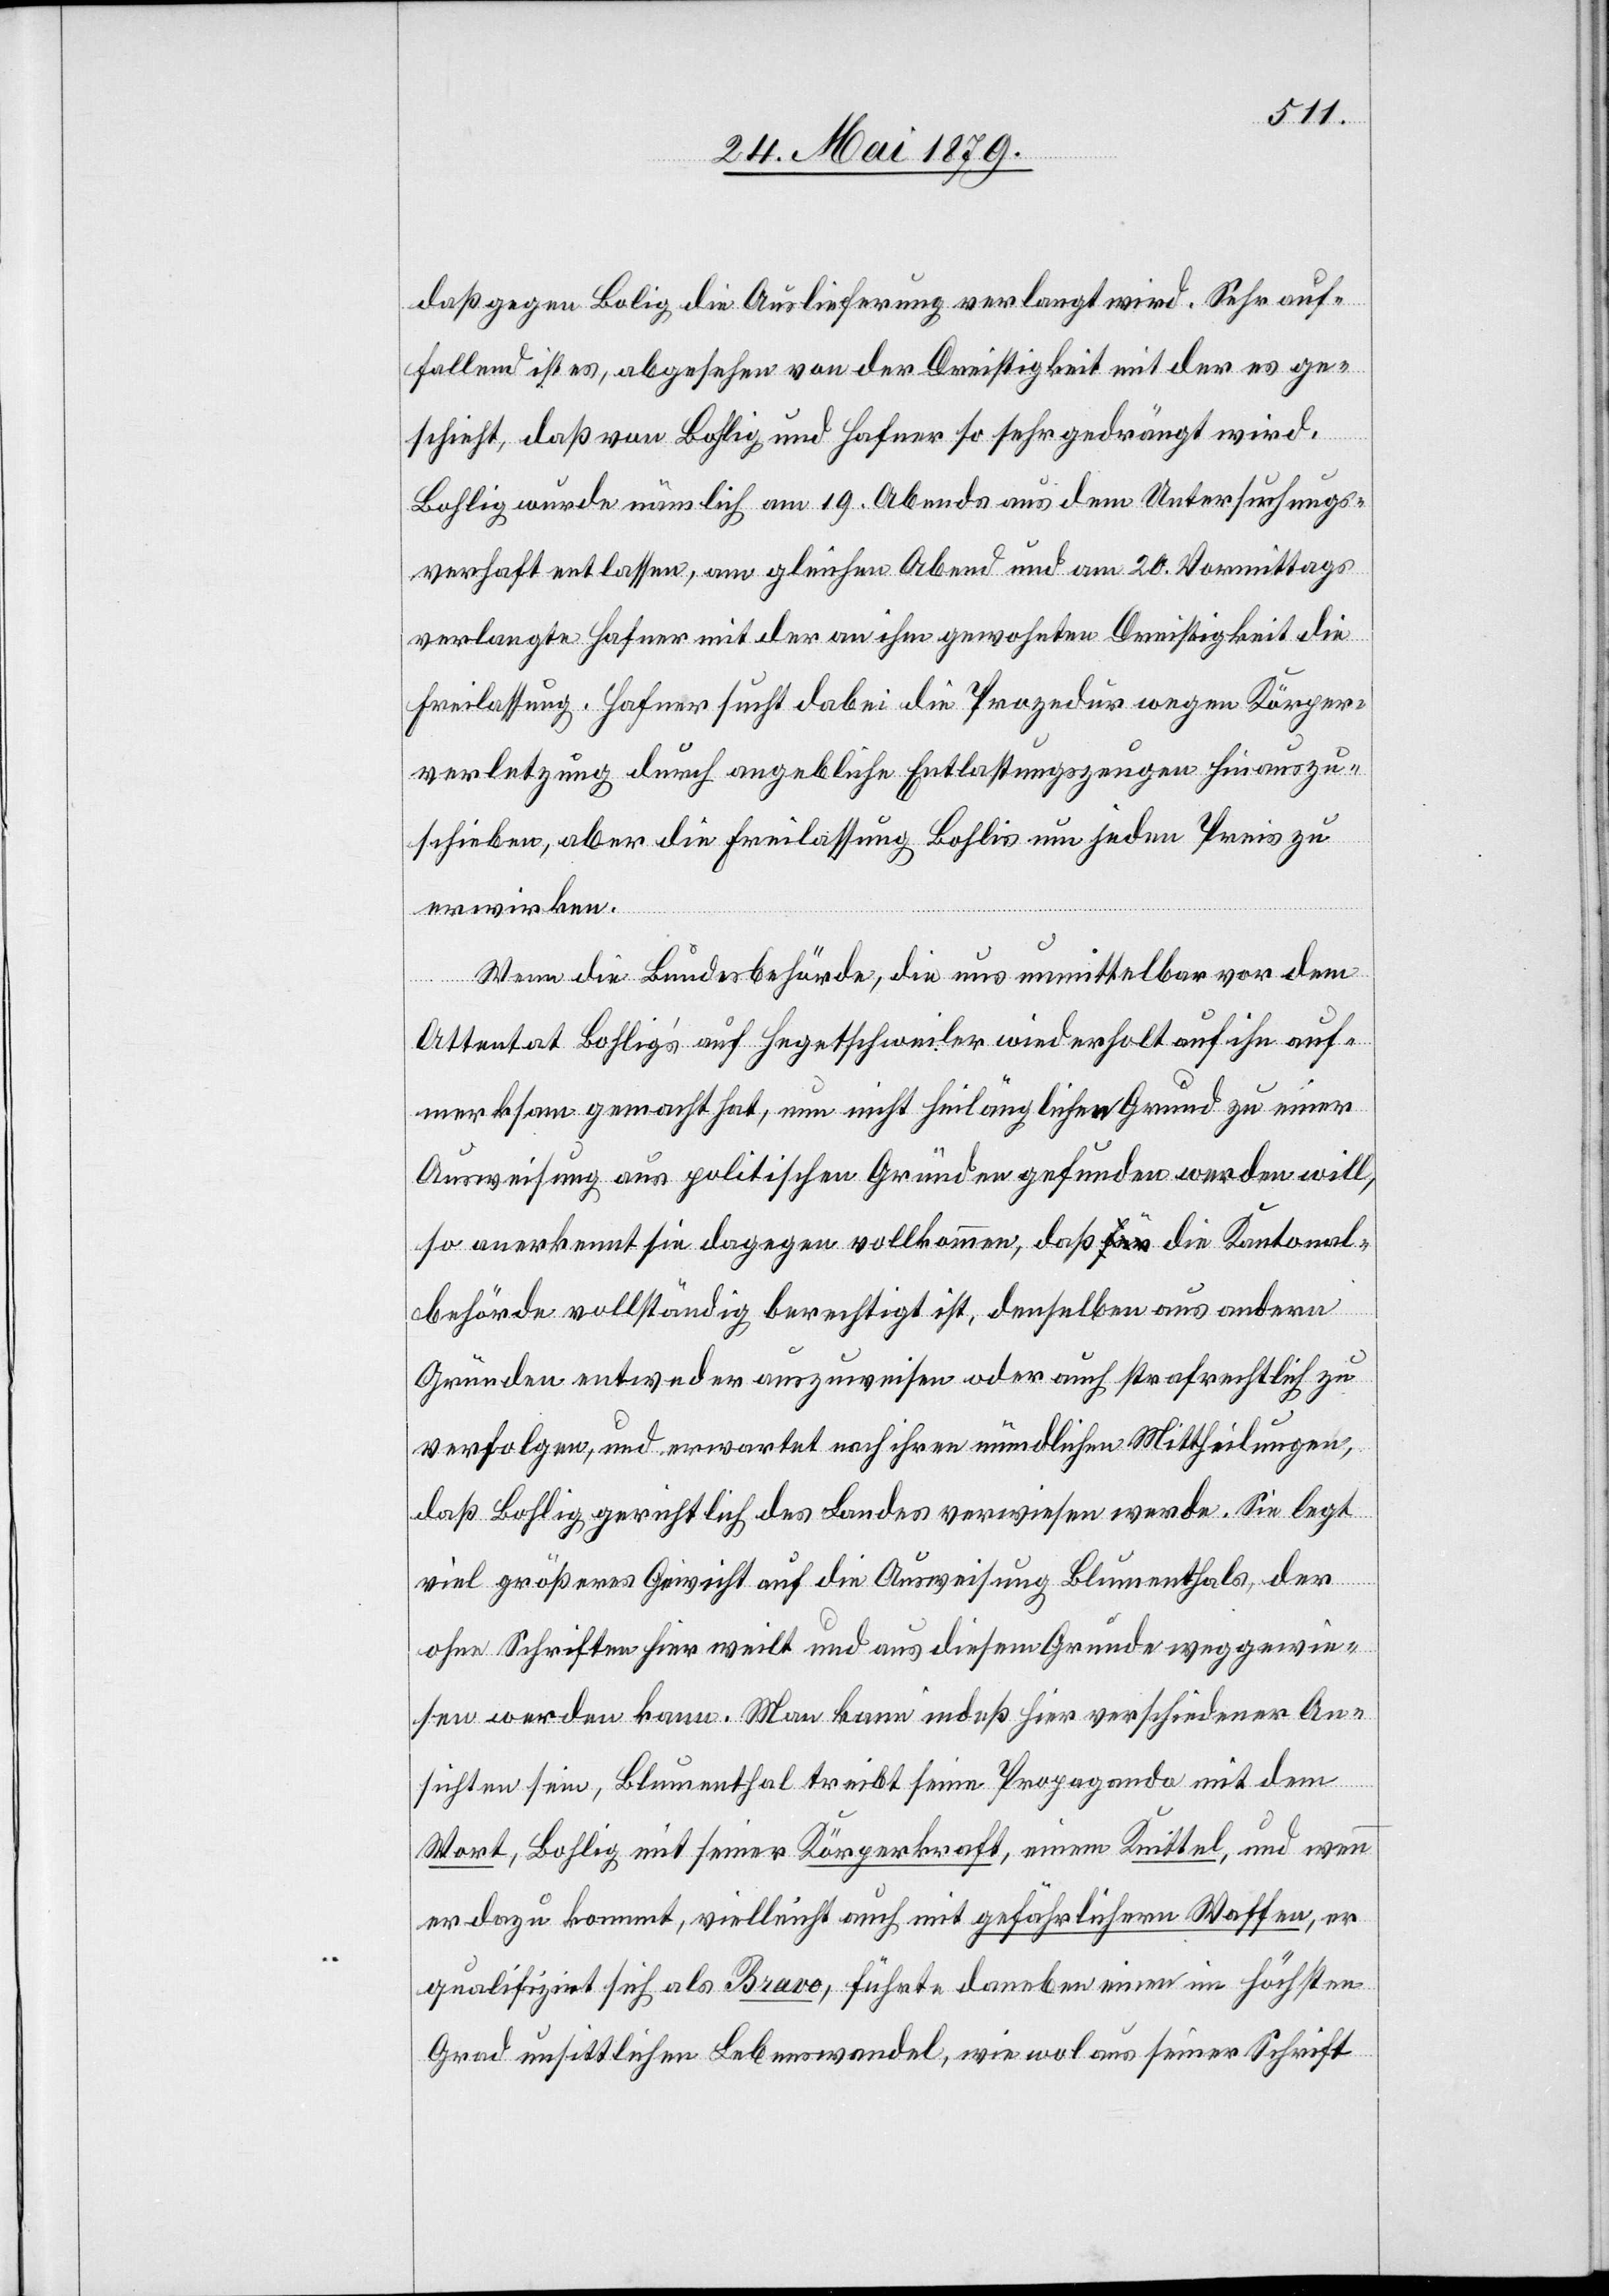
daß gegen Bolig [sic!] die Auslieferung verlangt wird. Sehr auf¬
fallend ist es, abgesehen von der Dreistigkeit mit der es ge¬
schieht, daß von Bohlig und Hafner so sehr gedrängt wird.
Bohlig wurde nämlich am 19. Abends aus dem Untersuchungs¬
verhaft entlassen, am gleichen Abend und am 20. Vormittags
verlangte Hafner mit der an ihm gewohnten Dreistigkeit die
Freilassung. Hafner sucht dabei die Prozedur wegen Körper¬
verletzung durch angebliche Entlastungszeugen hinauszu¬
schieben, aber die Freilassung Bohli[g]s um jeden Preis zu
erwirken.
Wenn die Bundesbehörde, die uns unmittelbar vor dem
Attentat Bohlig’s auf Hegetschweiler wiederholt auf ihn auf¬
merksam gemacht hat, nun nicht hinlänglichen Grund zu einer
Ausweisung aus politischen Gründen gefunden werden will
so anerkennt sie dagegen vollkommen, daß die Kantonal¬
behörde vollständig berechtigt ist, denselben aus andern
Gründen entweder auszuweisen oder auch strafrechtlich zu
verfolgen, und erwartet nach ihren mündlichen Mittheilungen,
daß Bohlig gerichtlich des Landes verwiesen werde. Sie legt
viel größeres Gewicht auf die Ausweisung Blumenthals, der
ohne Schriften hier weilt und aus diesem Grunde weggewie¬
sen werden kann. Man kann indeß hier verschiedener An¬
sichten sein, Blumenthal treibt seine Propaganda mit dem
Wort, Bohlig mit seiner Körperkraft, einem Knittel, und wenn
er dazu kommt, vielleicht auch mit gefährlichern Waffen, er
qualifizirt sich als Bravo, führte daneben einen im höchsten
Grad unsittlichen Lebenswandel, wie wol aus seiner Schrift